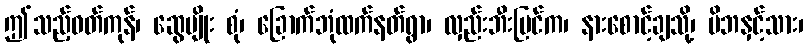
ဤသည့်ဝတ်ကုန်၊ ဆွေမျိုး စုံ၊ ခြောက်ဘုံထက်နတ်ရွာ၊ လှည်းဘီးပြင်က၊ နားစောင့်ချသို့၊ မိဘနှင့်သား၊